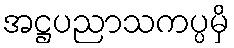
အဋ္ဌပညာသကပ္ပမှိ